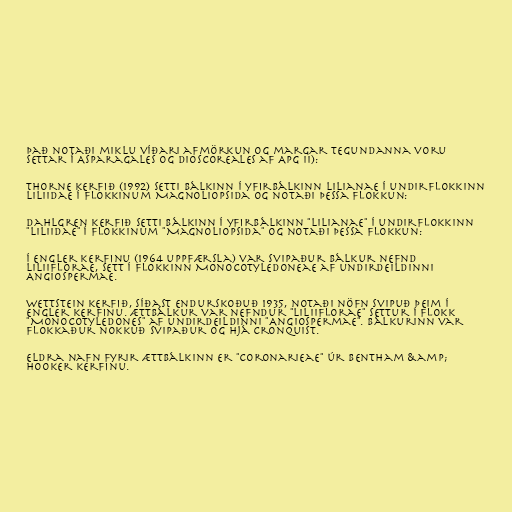
Það notaði miklu víðari afmörkun og margar tegundanna voru
settar í Asparagales og Dioscoreales af APG II):

Thorne kerfið (1992) setti bálkinn í yfirbálkinn Lilianae í undirflokkinn
Liliidae í flokkinum Magnoliopsida og notaði þessa flokkun:

Dahlgren kerfið setti bálkinn í yfirbálkinn "Lilianae" í undirflokkinn
"Liliidae" í flokkinum "Magnoliopsida" og notaði þessa flokkun:

Í Engler kerfinu (1964 uppfærsla) var svipaður bálkur nefnd
Liliiflorae, sett í flokkinn Monocotyledoneae af undirdeildinni
Angiospermae.

Wettstein kerfið, síðast endurskoðuð 1935, notaði nöfn svipuð þeim í
Engler kerfinu. Ættbálkur var nefndur "Liliiflorae" settur í flokk
"Monocotyledones" af undirdeildinni "Angiospermae". Bálkurinn var
flokkaður nokkuð svipaður og hjá Cronquist.

Eldra nafn fyrir ættbálkinn er "Coronarieae" úr Bentham &amp;
Hooker kerfinu.